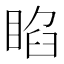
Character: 𥇌